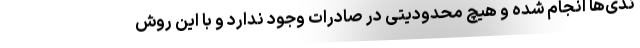
ندی‌ها انجام شده و هیچ محدودیتی در صادرات وجود ندارد و با این روش